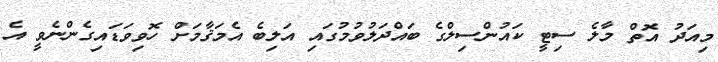
މިއަދު އޮތް މާލެ ސިޓީ ކައުންސިލްގެ ބައްދަލުވުމުގައި އަލިބެ އެމަޤާމަށް ހޮވިވަޑައިގެންނެވީ އެ